Tartu_pedagoogiumi_aruanded, lk 27
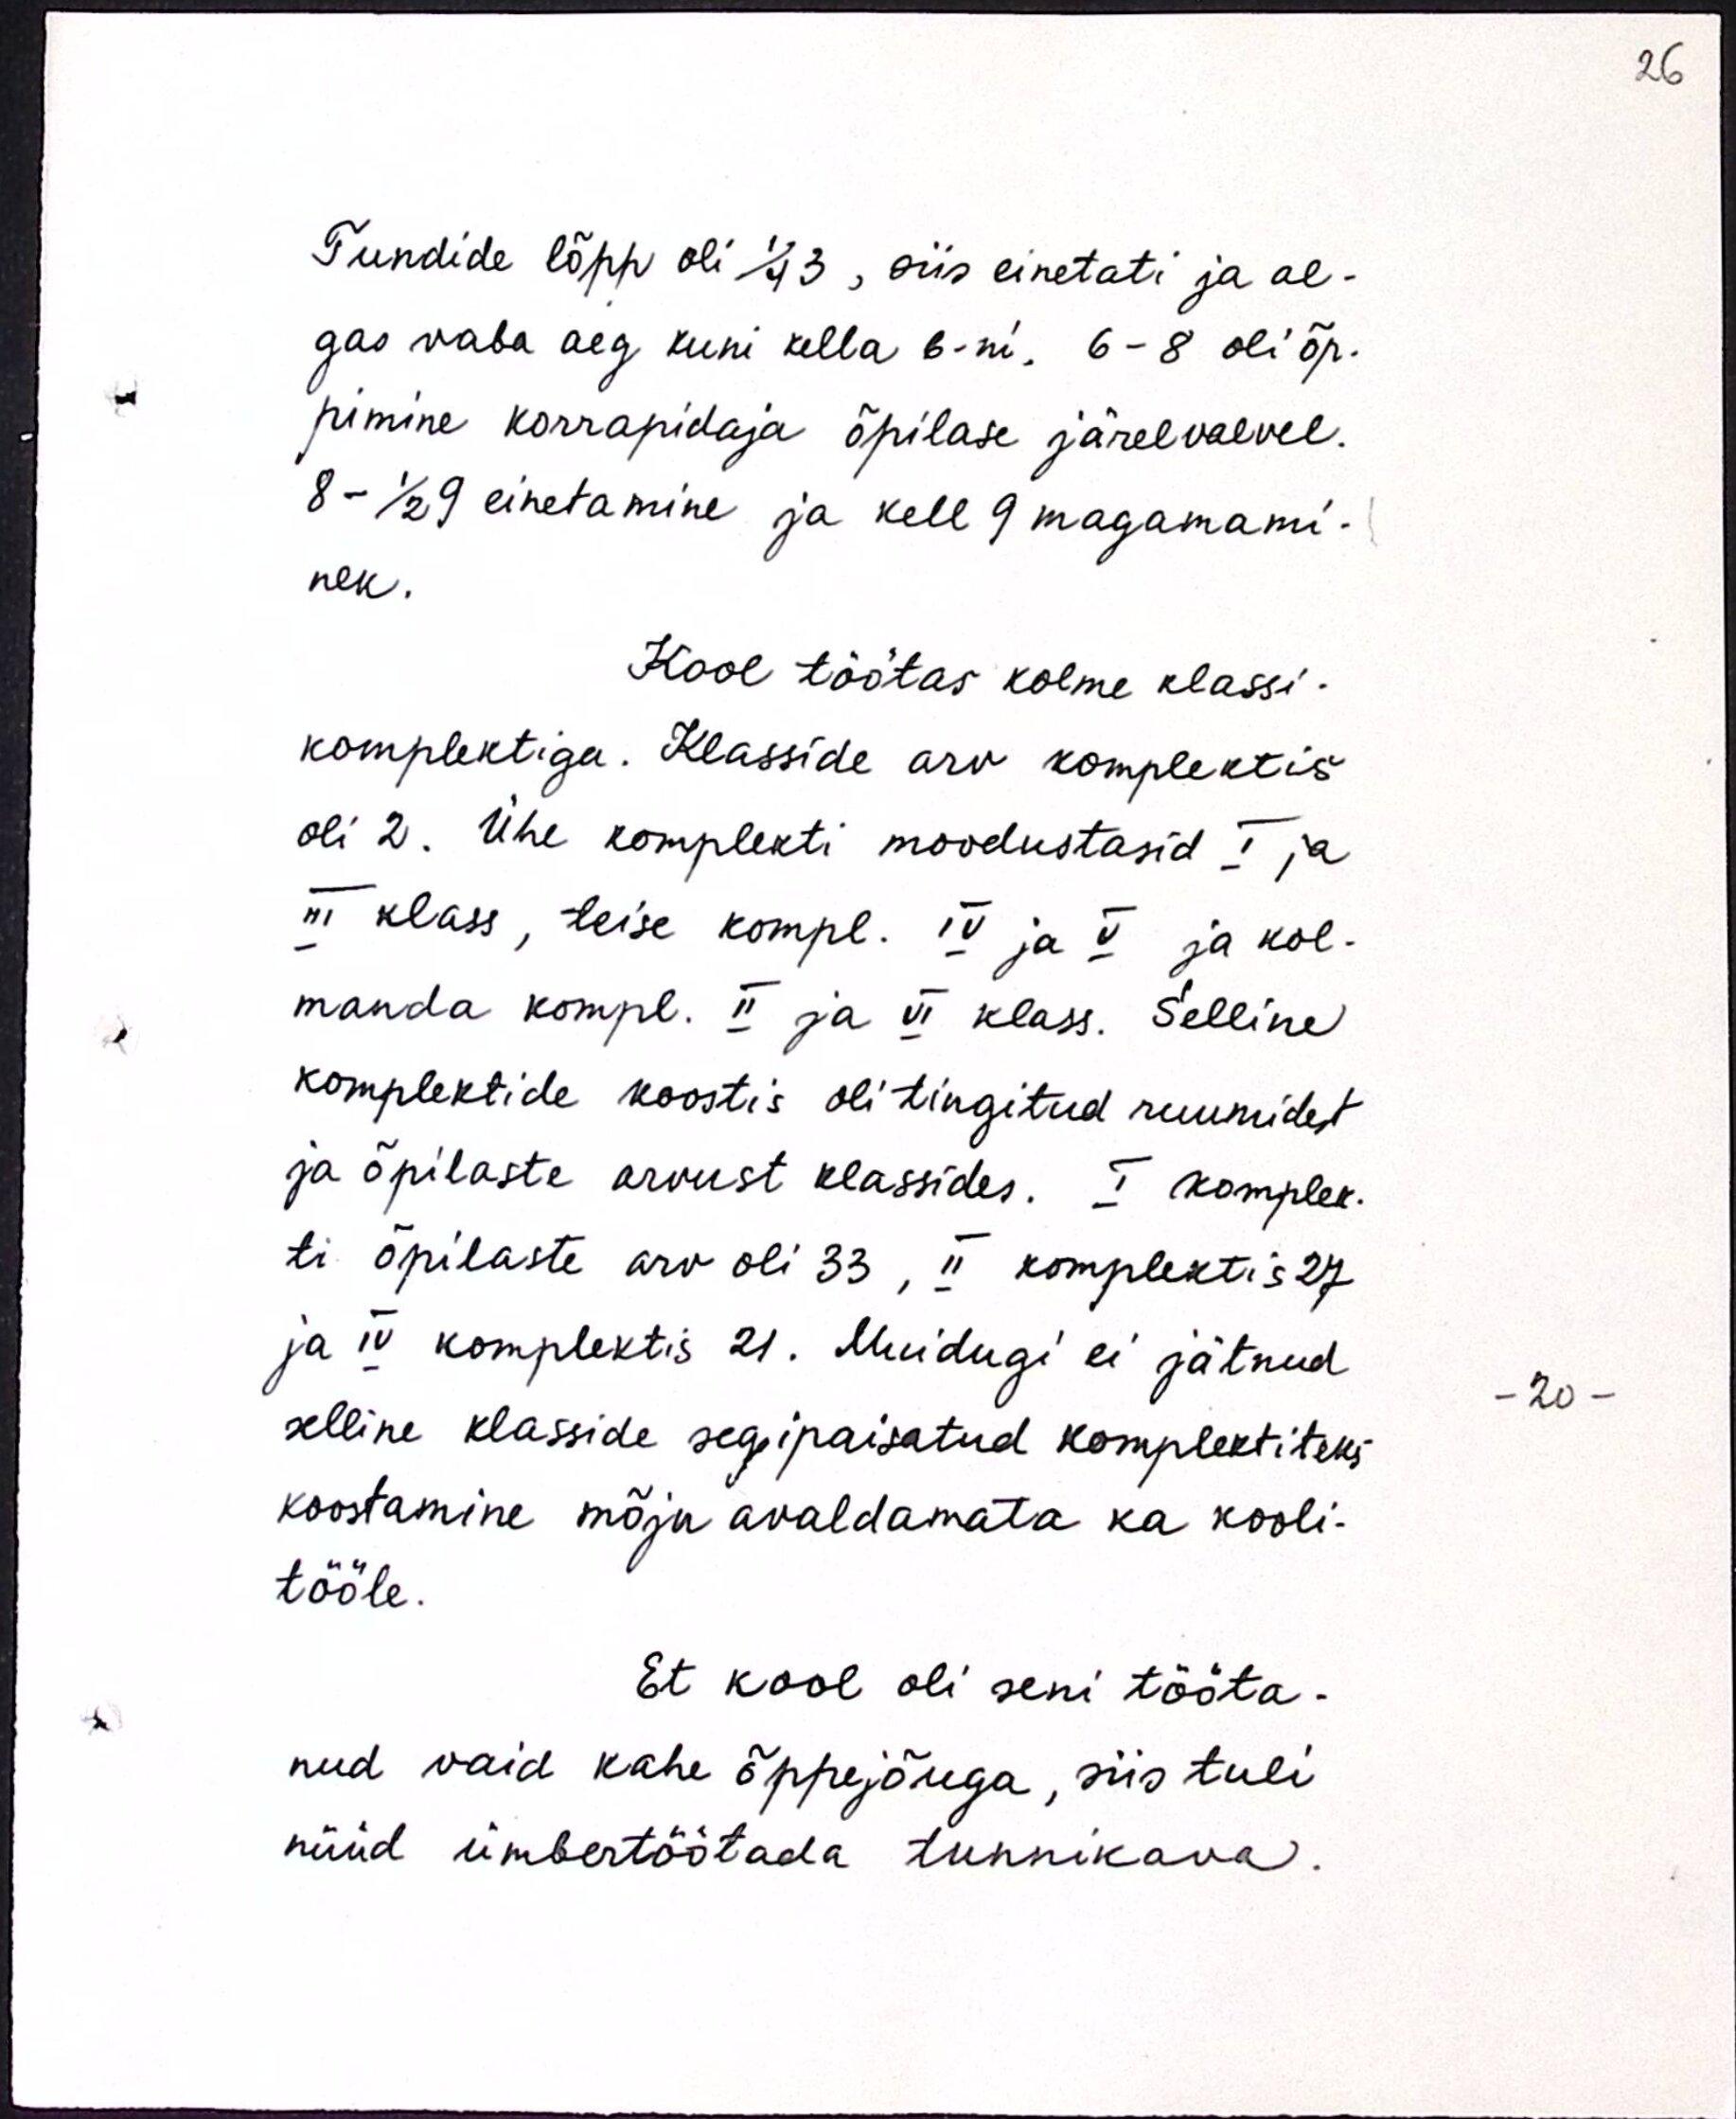
Tundide lõpp oli 1/4 3, siis einetati ja al-
gas vaba aeg kuni kella 6-ni. 6-8 oli õp-
pimine korrapidaja õpilase järelvalvel.
8 - 1/2 9 einetamine ja kell 9 magamami-
nek.
Kool töötas kolme klassi -
komplektiga. Klasside arv komplektis
oli 2. Ühe komplekti moodustasid I ja
III klass, teise kompl. IV ja V ja kol-
manda kompl. II ja VI klass. Selline
komplektide koostis oli tingitud ruumidest
ja õpilaste arvust klassides. I komplek-
ti õpilaste arv oli 33, II komplektis 27
ja IV komplektis 21. Muidugi ei jätnud
selline klasside segipaisatud komplektiteks
koostamine mõju avaldamata ka kooli-
tööle.
Et kool oli seni tööta-
nud vaid kahe õppejõuga, siis tuli
nüüd ümbertöötada tunnikava.